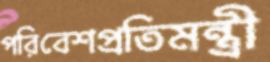
পরিবেশপ্রতিমন্ত্রী